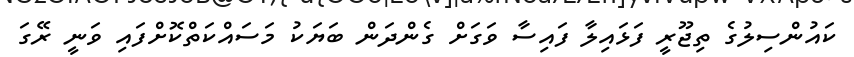
ކައުންސިލުގެ ތިޖޫރީ ފަޅައިލާ ފައިސާ ވަގަށް ގެންދަން ބަޔަކު މަސައްކަތްކޮށްފައި ވަނީ ރޭގަ